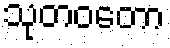
သုတဝတော